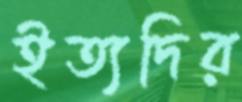
ইত্যদির